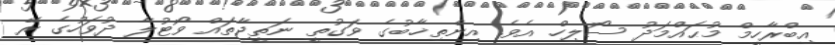
އިބްރާހީމް މުޙައްމަދު ސޯލިހް އެވެ. އިންތިޚާބުގެ ވަގުތީ ނަތީޖާތައް ވޯޓުލާ ދުވަހުގެ ރޭ